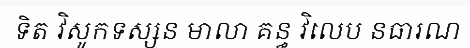
ទិត វិសូកទស្សន មាលា គន្ធ វិលេប នធារណ